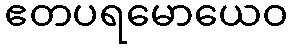
ဧတပရမောယေဝ